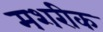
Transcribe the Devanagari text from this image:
मशरीक